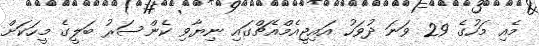
މެއި މަހުގެ 29 ވަނަ ދުވަހު އައިޖީއެމްއެޗްގައި ނިޔާވި ކެންސަރު ބަލީގެ މީހަކަށް